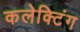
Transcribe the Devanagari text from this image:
कलेक्टिंग